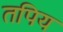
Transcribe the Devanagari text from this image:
तपिय